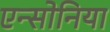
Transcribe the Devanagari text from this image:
एन्सोनिया